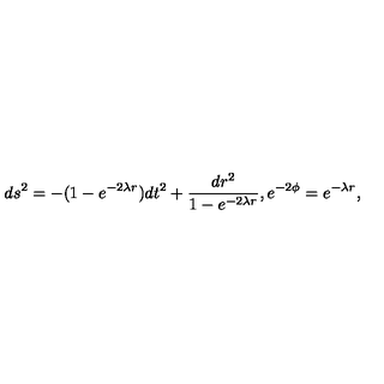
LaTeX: d s ^ { 2 } = - ( 1 - e ^ { - 2 \lambda r } ) d t ^ { 2 } + \frac { d r ^ { 2 } } { 1 - e ^ { - 2 \lambda r } } , e ^ { - 2 \phi } = e ^ { - \lambda r } ,